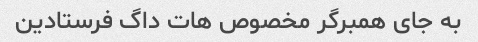
به جای همبرگر مخصوص هات داگ فرستادین